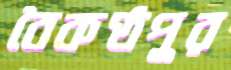
বৈকণ্ঠপুর